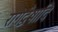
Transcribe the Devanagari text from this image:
रागद्वेषादि